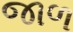
જાળ